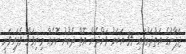
ޖަޕާނުގެ އަތްދަށުގައި 35 އަހަރު ވަންދެން އޮތް ދެކުނު ކޮރެއާ މިނިވަން ވެފައިވަނީ